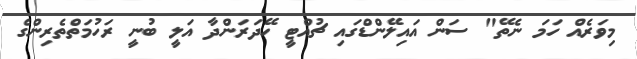
މިވަރެއް ހަމަ ނެތޭ" ސަން އައިލޭންޑްގައި ޗުއްޓީ ހޭދަރަންދާ އަލީ ބުނީ ރަހުމަތްތެރިންގެ